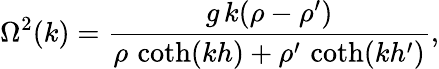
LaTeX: \Omega^{2}(k)={\frac{g\, k(\rho-\rho^{\prime})}{\rho\, \coth(kh)+\rho^{\prime}\, \coth(kh^{\prime})}},